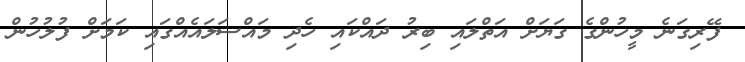
ފޭރިގަނެ މީހުންގެ ގަޔަށް އަތްލައި ބިރު ދައްކައި ހެދި މައްސަލައެއްގައި ކަމަށް ފުލުހުން